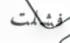
فشلت